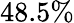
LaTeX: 48.5\%